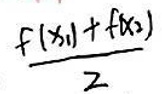
$\frac{f(x_1)+f(x_2)}{2}$